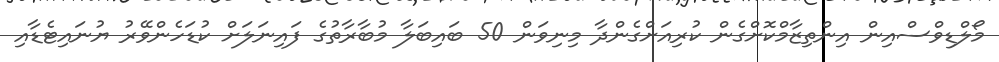
މޯލްޑިވްސްއިން އިންތިޒާމްކޮށްގެން ކުރިއަށްގެންދާ މިނިވަން 50 ބައިބަލާ މުބާރާތުގެ ފައިނަލަށް ކުޑަހެންވޭރު ޔުނައިޓެޑާއި